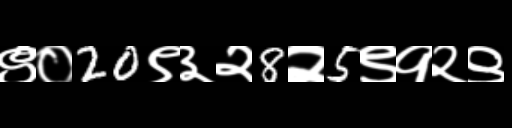
Text: ९०20९३२8२5९१२९